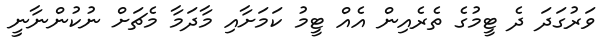
ވަރުގަދަ ދެ ޓީމުގެ ތެެރެއިން އެއް ޓީމު ކަމަށާއި މާދަމާ މެޗަށް ނުކުންނާނީ